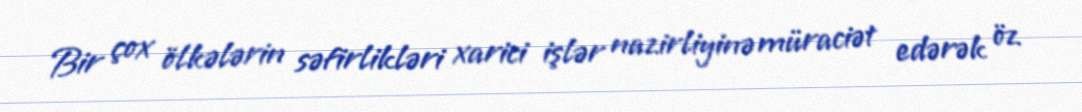
Bir çox ölkələrin səfirlikləri xarici işlər nazirliyinə müraciət edərək öz